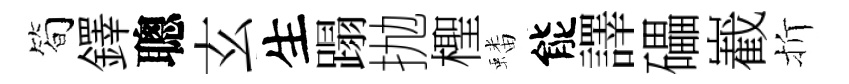
简鐸聰玄生蹋抛檉蟠能譯礧嶻折